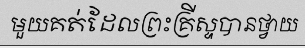
មួយគត់ដែលព្រះគ្រីស្ទបានថ្វាយ